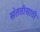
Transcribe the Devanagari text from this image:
संततीसाठी